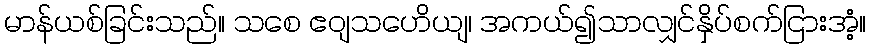
မာန်ယစ်ခြင်းသည်။ သစေ ဧဝျသဟေိယျ၊ အကယ်၍သာလျှင်နှိပ်စက်ငြားအံ့။